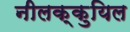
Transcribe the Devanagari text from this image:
नीलक्कुयिल